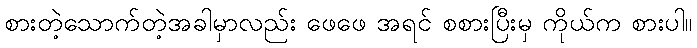
စားတဲ့သောက်တဲ့အခါမှာလည်း ဖေဖေ အရင် စစားပြီးမှ ကိုယ်က စားပါ။